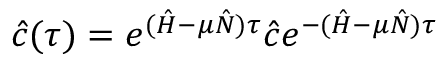
\hat { c } ( \tau ) = e ^ { ( \hat { H } - \mu \hat { N } ) \tau } \hat { c } e ^ { - ( \hat { H } - \mu \hat { N } ) \tau }